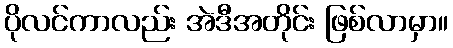
ပိုလင်ကာလည်း အဲဒီအတိုင်း ဖြစ်လာမှာ။